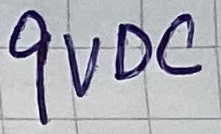
Text: 9VDC